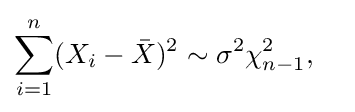
\sum _{i=1}^{n}(X_{i}-{\bar {X}})^{2}\sim \sigma ^{2}\chi _{n-1}^{2},\quad